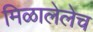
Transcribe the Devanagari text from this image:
मिळालेलेच